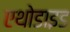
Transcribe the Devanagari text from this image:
एथोडाइड